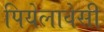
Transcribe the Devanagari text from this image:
पियेलावेसी